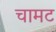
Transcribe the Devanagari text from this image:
चामट